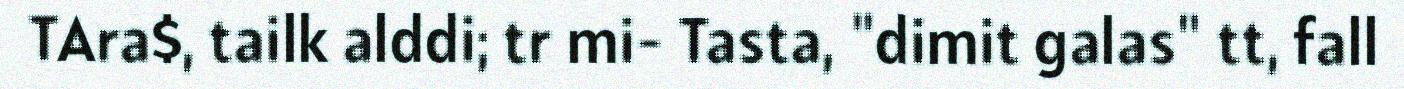
TAra$, tailk alddi; tr mi- Tasta, "dimit galas" tt, fall